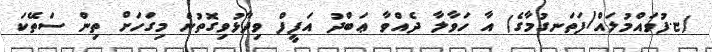
(ޏ.ފުވައްމުލައް/ފަތަނގުމާގެ) އާ ހަވާލާ ދެއްވާ ޢަބްދު އަފީފް ވިދާޅުވިގޮތުން މިގަހަށް ތިން ސަތޭކަ